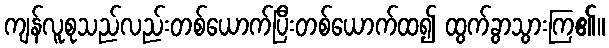
ကျန်လူစုသည်လည်းတစ်ယောက်ပြီးတစ်ယောက်ထ၍ ထွက်ခွာသွားကြ၏။